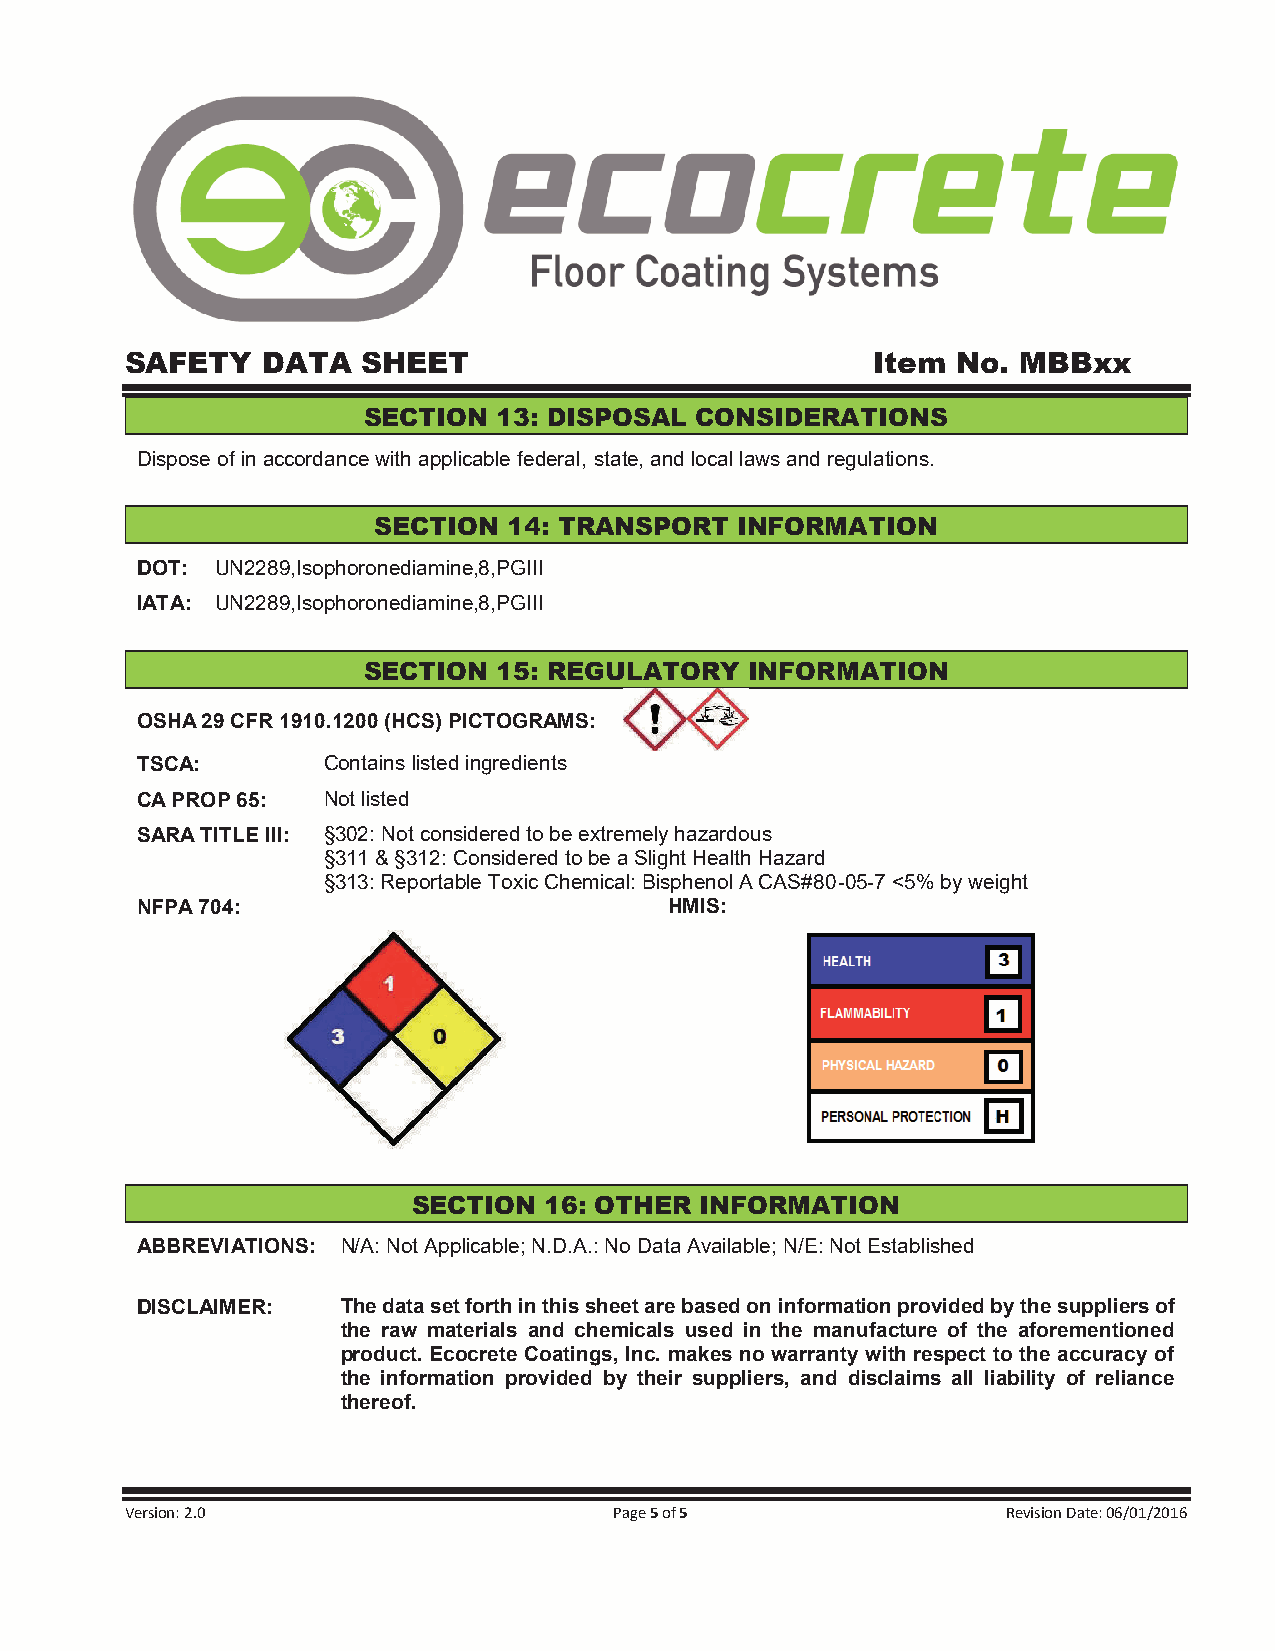
SAFETY   DATA   SHEET                             Item No.  MBBxx
 SECTION  13: DISPOSAL CONSIDERATIONS
 Dispose of in accordance with applicable federal, state, and local laws and regulations.
 SECTION  14: TRANSPORT  INFORMATION
 DOT: UN2289,Isophoronediamine,8,PGIII
 IATA: UN2289,Isophoronediamine,8,PGIII
 SECTION  15: REGULATORY   INFORMATION
 OSHA 29 CFR 1910.1200 (HCS) PICTOGRAMS:
 TSCA:       Contains listed ingredients
 CA PROP 65: Not listed
 SARA TITLE III: §302: Not considered to be extremely hazardous
 §311 & §312: Considered to be a Slight Health Hazard
 §313: Reportable Toxic Chemical: Bisphenol A CAS#80-05-7 <5% by weight
 NFPA 704:                          HMIS:
 SECTION  16: OTHER INFORMATION
 ABBREVIATIONS: N/A: Not Applicable; N.D.A.: No Data Available; N/E: Not Established
 DISCLAIMER:   The data set forth in this sheet are based on information provided by the suppliers of
 the raw materials and chemicals used in the manufacture of the aforementioned
 product. Ecocrete Coatings, Inc. makes no warranty with respect to the accuracy of
 the information provided by their suppliers, and disclaims all liability of reliance
 thereof.
 Version: 2.0                     Page 5 of 5               Revision Date: 06/01/2016